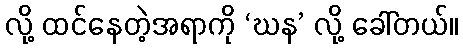
လို့ ထင်နေတဲ့အရာကို ‘ဃန’ လို့ ခေါ်တယ်။